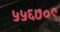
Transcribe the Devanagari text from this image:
५५६७०९